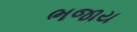
ભજાય